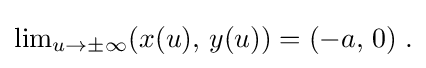
{\textstyle \lim _{u\to \pm \infty }(x(u),\,y(u))=(-a,\,0)\;.}